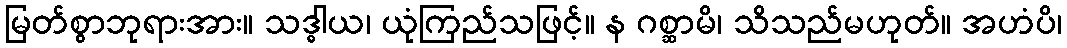
မြတ်စွာဘုရားအား။ သဒ္ဓါယ၊ ယုံကြည်သဖြင့်။ န ဂစ္ဆာမိ၊ သိသည်မဟုတ်။ အဟံပိ၊